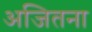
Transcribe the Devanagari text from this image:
अजितना